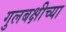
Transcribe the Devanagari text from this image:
गुलबक्षीच्या